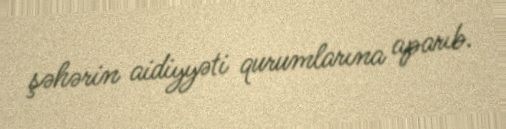
şəhərin aidiyyəti qurumlarına aparıb.